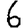
Digit: 6